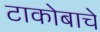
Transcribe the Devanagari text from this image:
टाकोबाचे